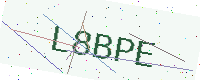
Text: L8BPE